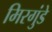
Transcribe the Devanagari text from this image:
मिरगुंडे